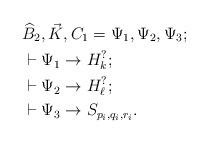
LaTeX: \begin{align*}& \widehat{B}_2, \vec{K}, C_1 = \Psi_1, \Psi_2, \Psi_3;\\& \vdash \Psi_1 \to H_k^?;\\& \vdash \Psi_2 \to H_\ell^?;\\& \vdash \Psi_3 \to S_{p_i,q_i,r_i}.\end{align*}